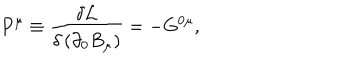
P ^ { \mu } \equiv \frac { \delta \mathcal { L } } { \delta \left( \partial _ { 0 } B _ { \mu } \right) } = - G ^ { 0 \mu } ,